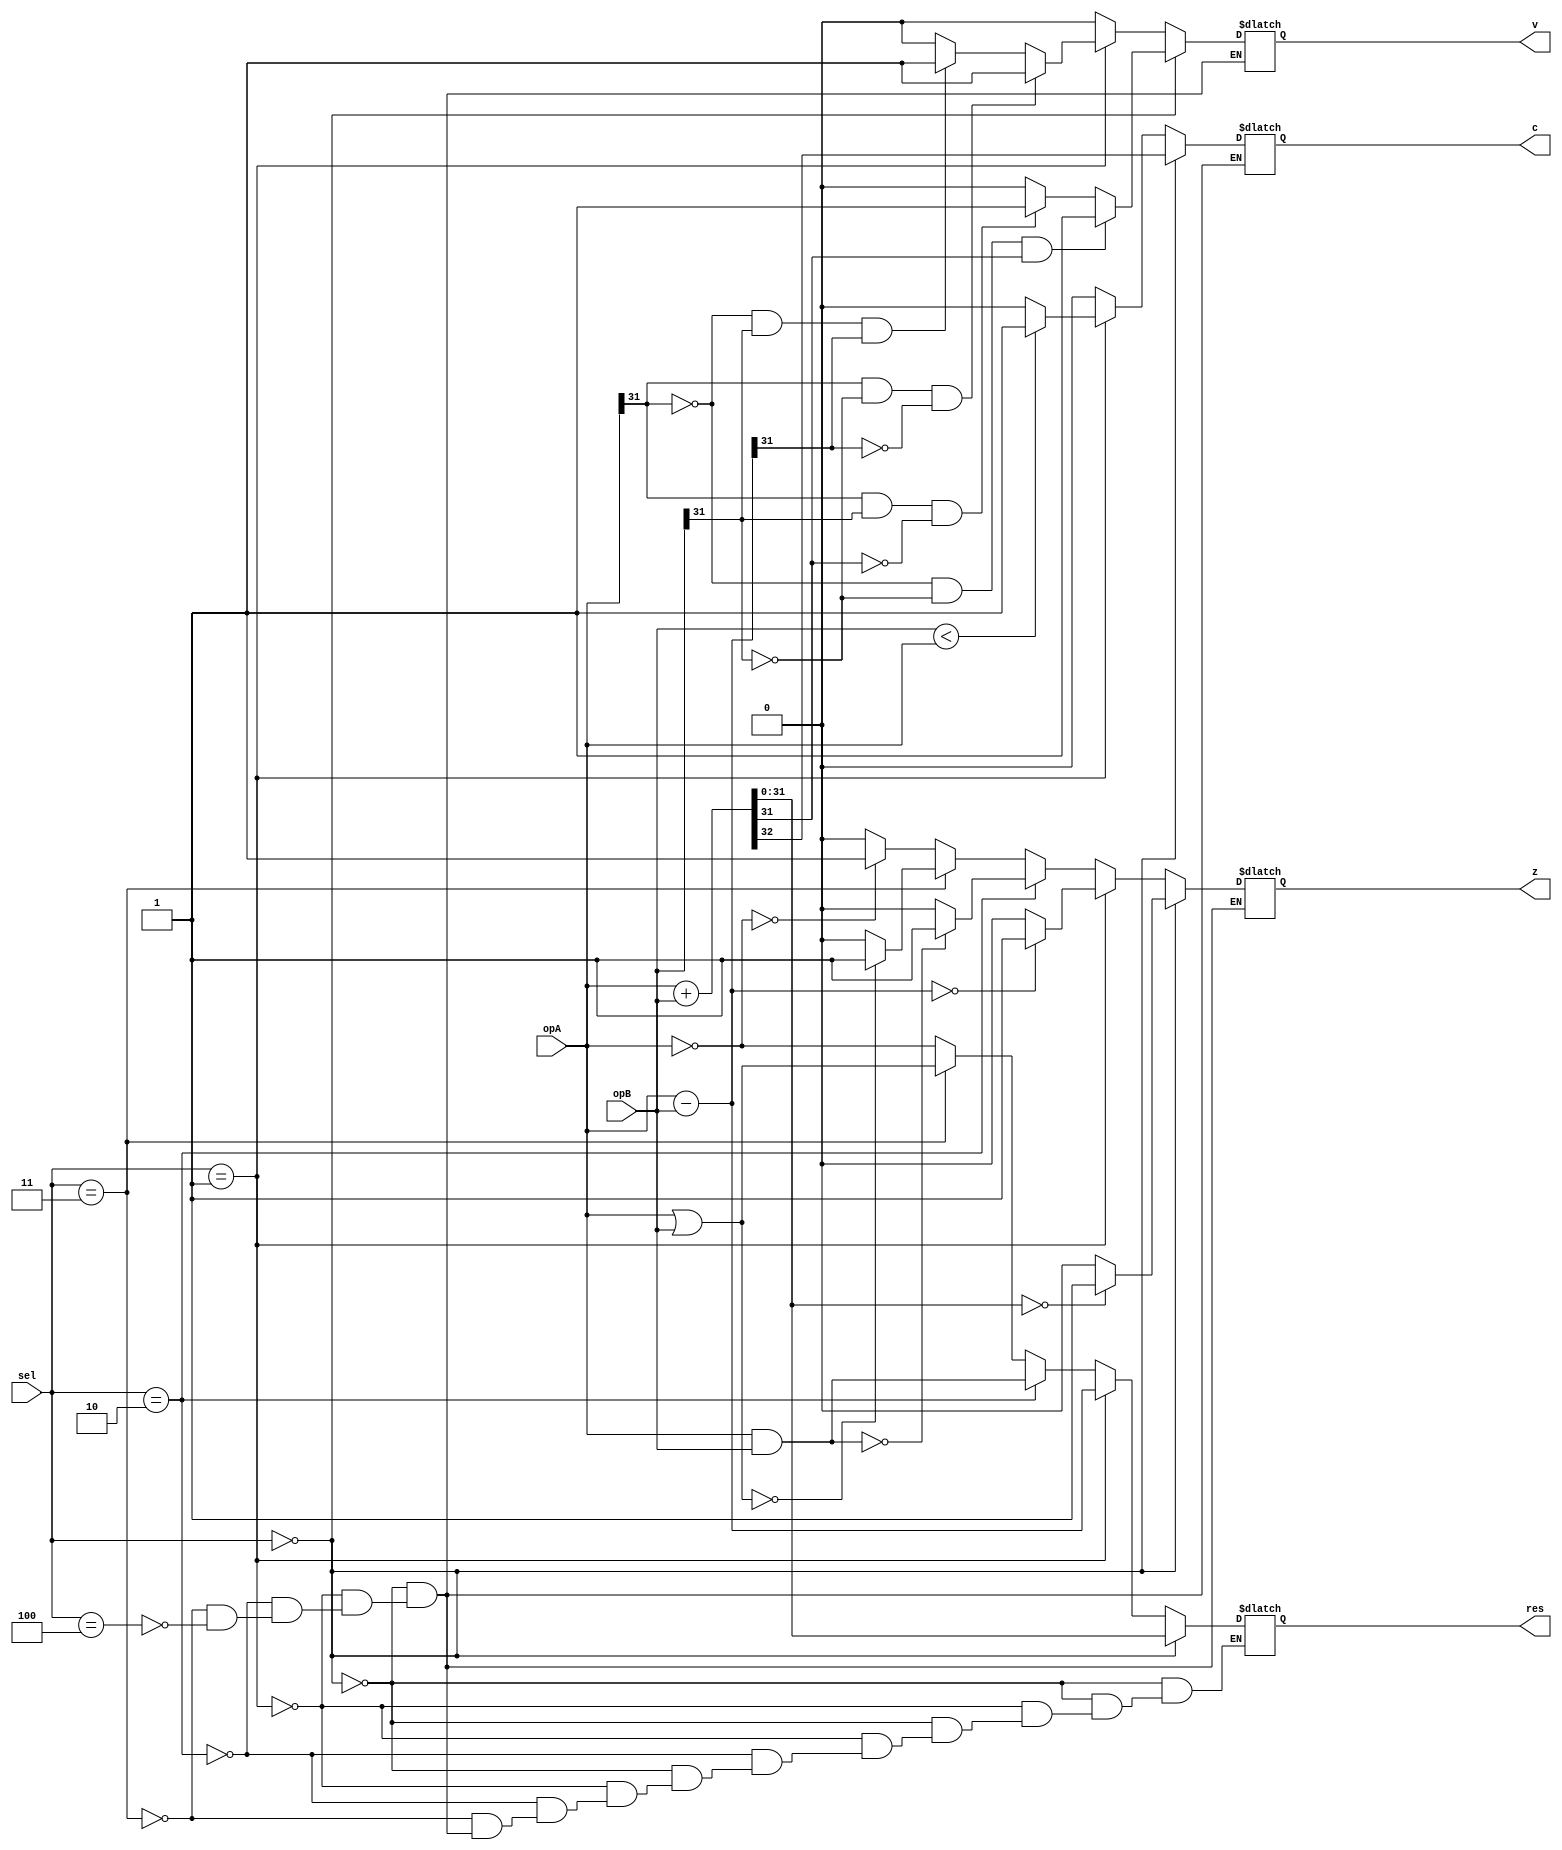
//BUSTY BITS
//Calalan, Sherwin
//Chua, Kyle
//Cruz, Miguel
//Tirona, Paul
module alu(
opA, opB, sel,
res,
z,c,v
);

input wire [31:0] opA, opB;
input wire [2:0] sel;
reg [32:0] dump;
output reg [31:0] res;
output reg z, c, v;


always @ (sel or opA or opB) begin
	if(sel == 3'b000) begin //Addition
		{c, res} =  opA + opB; //Addition with carry flag
		
		if(res == 32'd0) begin //Check for zero flag
			z <= 1'b1;
		end
		else begin
			z <= 1'b0;
		end
		
		if(opA[31:31] == 1'b0 && opB[31:31] == 1'b0 && res[31:31] == 1'b1) begin //Check for overflow flag
			v <= 1'b1;
		end
		else if(opA[31:31] == 1'b1 && opB[31:31] == 1'b1 && res[31:31] == 1'b0) begin
			v <= 1'b1;
		end
		else begin
			v <= 1'b0;
		end
	end
	
	else if(sel == 3'b001) begin //Subtraction
		res = opA - opB;
		
		c <= 1'b0;
		if(opB < opA) begin
			c <= 1'b1;
		end
		
		if(res == 32'd0) begin //Check for zero flag
			z <= 1'b1;
		end
		else begin
			z <= 1'b0;
		end
		
		if(opA[31:31] == 1'b1 && opB[31:31] == 1'b0 && res[31:31] == 1'b0) begin //Check for overflow flag
			v <= 1'b1;
		end
		else if(opA[31:31] == 1'b0 && opB[31:31] == 1'b1 && res[31:31] == 1'b1) begin
			v <= 1'b1;
		end
		else begin
			v <= 1'b0;
		end
	end
	
	else if(sel == 3'b010) begin //And
		res =  opA & opB; //Bitwise and operation
		
		if(res == 32'd0) begin //Check for zero flag
			z <= 1'b1;
		end
		else begin
			z <= 1'b0;
		end
		
		c <= 1'b0; //Deassert carry flag
		v <= 1'b0; //Deassert for overflow flag
	end
	
	else if(sel == 3'b011) begin //Or
		res =  opA | opB; //Bitwise or operation
		
		if(res == 32'd0) begin //Check for zero flag
			z <= 1'b1;
		end
		else begin
			z <= 1'b0;
		end
		
		c <= 1'b0; //Deassert carry flag
		v <= 1'b0; //Deassert overflow flag
	end
	
	else if(sel == 3'b100) begin //Not
		res = ~opA; //complement
		
		if(res == 32'd0) begin //Check for zero flag
			z <= 1'b1;
		end
		else begin
			z <= 1'b0;
		end
		
		c <= 1'b0; //Deassert carry flag
		v <= 1'b0; //Deassert overflow flag
	end 
end

endmodule